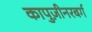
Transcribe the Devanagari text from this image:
कापुज़ीनरबर्ग